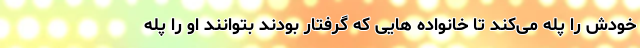
خودش را پله می‌کند تا خانواده هایی که گرفتار بودند بتوانند او را پله